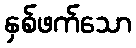
နှစ်ဖက်သော